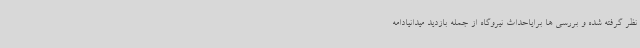
نظر گرفته شده و بررسی ها برایاحداث نیروگاه از جمله بازدید میدانیادامه